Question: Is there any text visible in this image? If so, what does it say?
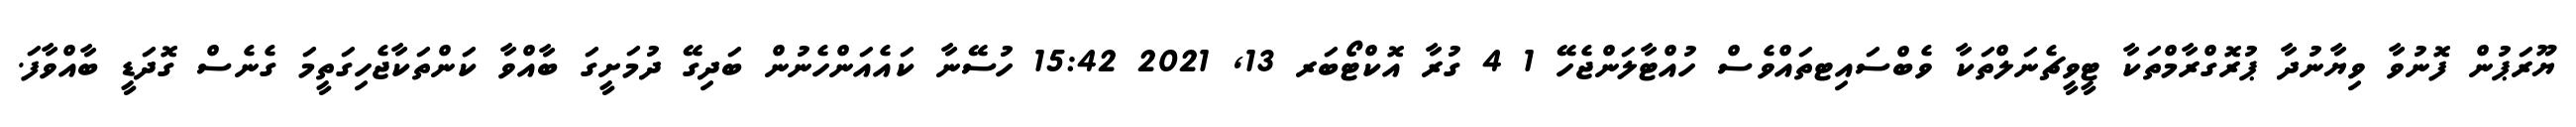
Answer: ޔޫރަޕުން ފޮނުވާ ވިޔާނުދާ ޕުރޮގްރާމްތަކާ ޓީވީޗެނަލްތަކާ ވެބްސައިޓތައްވެސް ހުއްޓާލަންޖެހޭ 1 4 ގުރާ އޮކްޓޯބަރ 13, 2021 15:42 ހުސޭނާ ކައެއަންހެނުން ބަދިގޭ ދުމަށީގަ ބާއްވާ ކަންތަކާޖެހިގަތީމަ ގެނެސް ގޮދަޑީ ބާއްވާފަ.